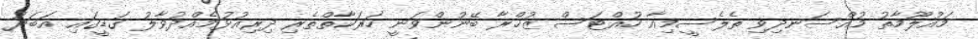
މައުލޫމާތު މުއްސަނދިވި ތެލެސީމިއާ ހުއްޓަސް ޒުޚްރާ ބޭނުންވަނީ ހަރަކާތްތެރި ދިރިއުޅުމެއްދުވާލު ގަޑީގައި އަބަދު